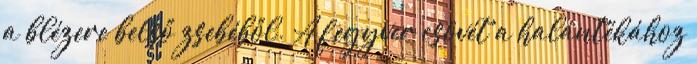
a blézere belső zsebéből. A fegyver csövét a halántékához